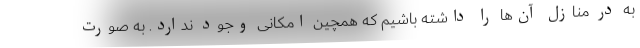
به در منازل آن‌ها را داشته باشیم که همچین امکانی وجود ندارد. به صورت